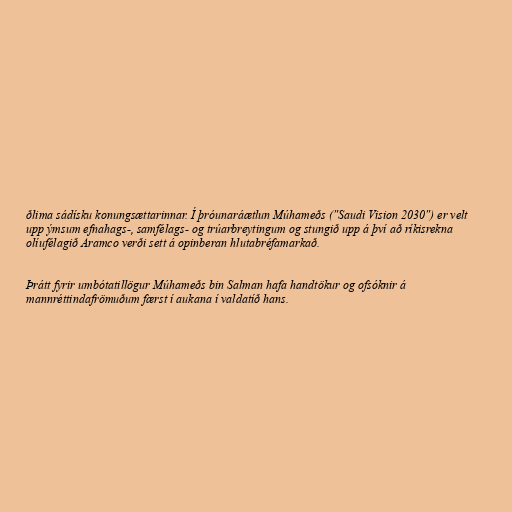
ðlima sádísku konungsættarinnar. Í þróunaráætlun Múhameðs ("Saudi Vision 2030") er velt
upp ýmsum efnahags-, samfélags- og trúarbreytingum og stungið upp á því að ríkisrekna
olíufélagið Aramco verði sett á opinberan hlutabréfamarkað.

Þrátt fyrir umbótatillögur Múhameðs bin Salman hafa handtökur og ofsóknir á
mannréttindafrömuðum færst í aukana í valdatíð hans.